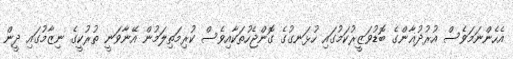
އެހެންނަމަވެސް އުރުދުޣާންގެ ބޮޑުވަޒީރުކަމުގައި ހުޅަނގުގެ ގޮންޖެހުތަކާއިވެސް ކުރިމަތިލަމުން އޭނާވަނީ ތުރުކީގެ ނިޒާމުގައި ދީން